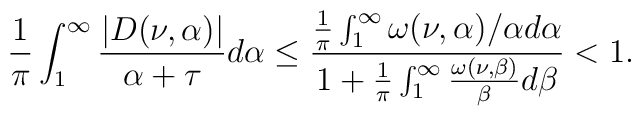
\frac{1}{\pi}\int_{1}^{\infty}\frac{|D(\nu,\alpha)|}{\alpha+\tau}d\alpha\leq \frac{\frac{1}{\pi}\int_{1}^{\infty}\omega(\nu,\alpha)/\alpha d\alpha}{1+\frac{1}{\pi}\int_{1}^{\infty}\frac{\omega(\nu,\beta)}{\beta}d\beta} <1.